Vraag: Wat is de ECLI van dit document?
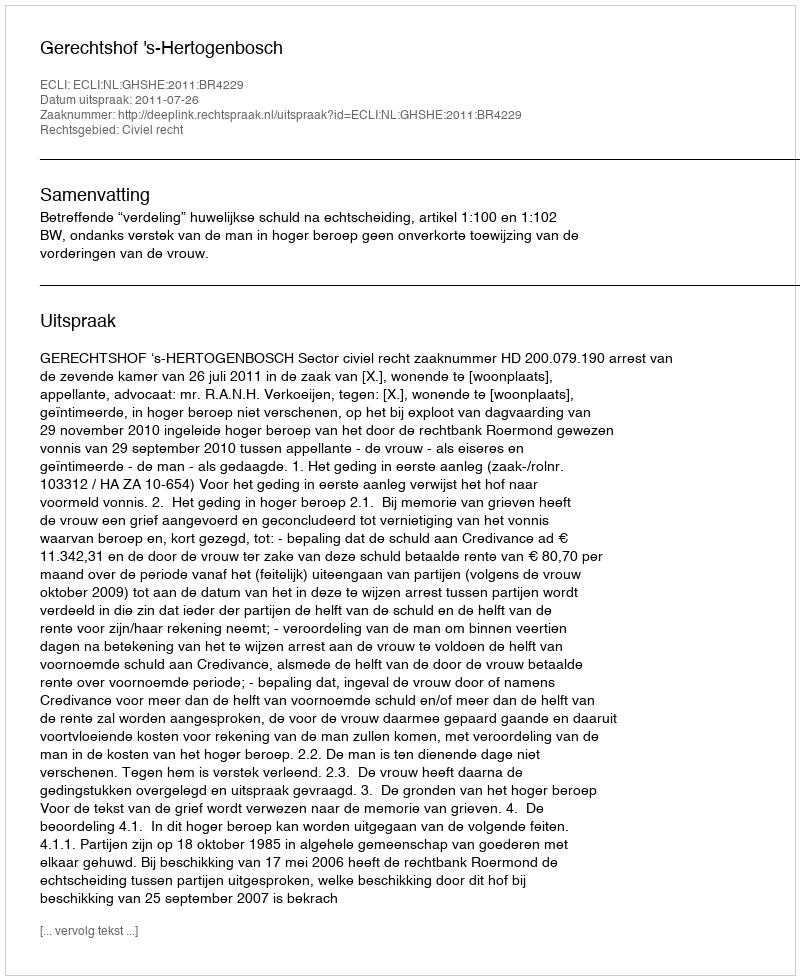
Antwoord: ECLI:NL:GHSHE:2011:BR4229